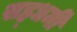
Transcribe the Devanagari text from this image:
सह्धर्मी